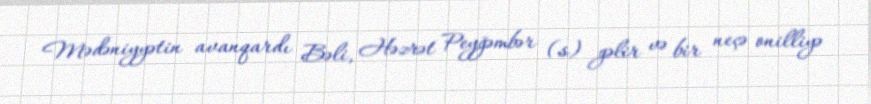
Mədəniyyətin avanqardı Bəli, Həzrət Peyğəmbər (s) gəlir və bir neçə onilliyə